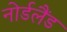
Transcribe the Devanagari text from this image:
नोर्डलैंड